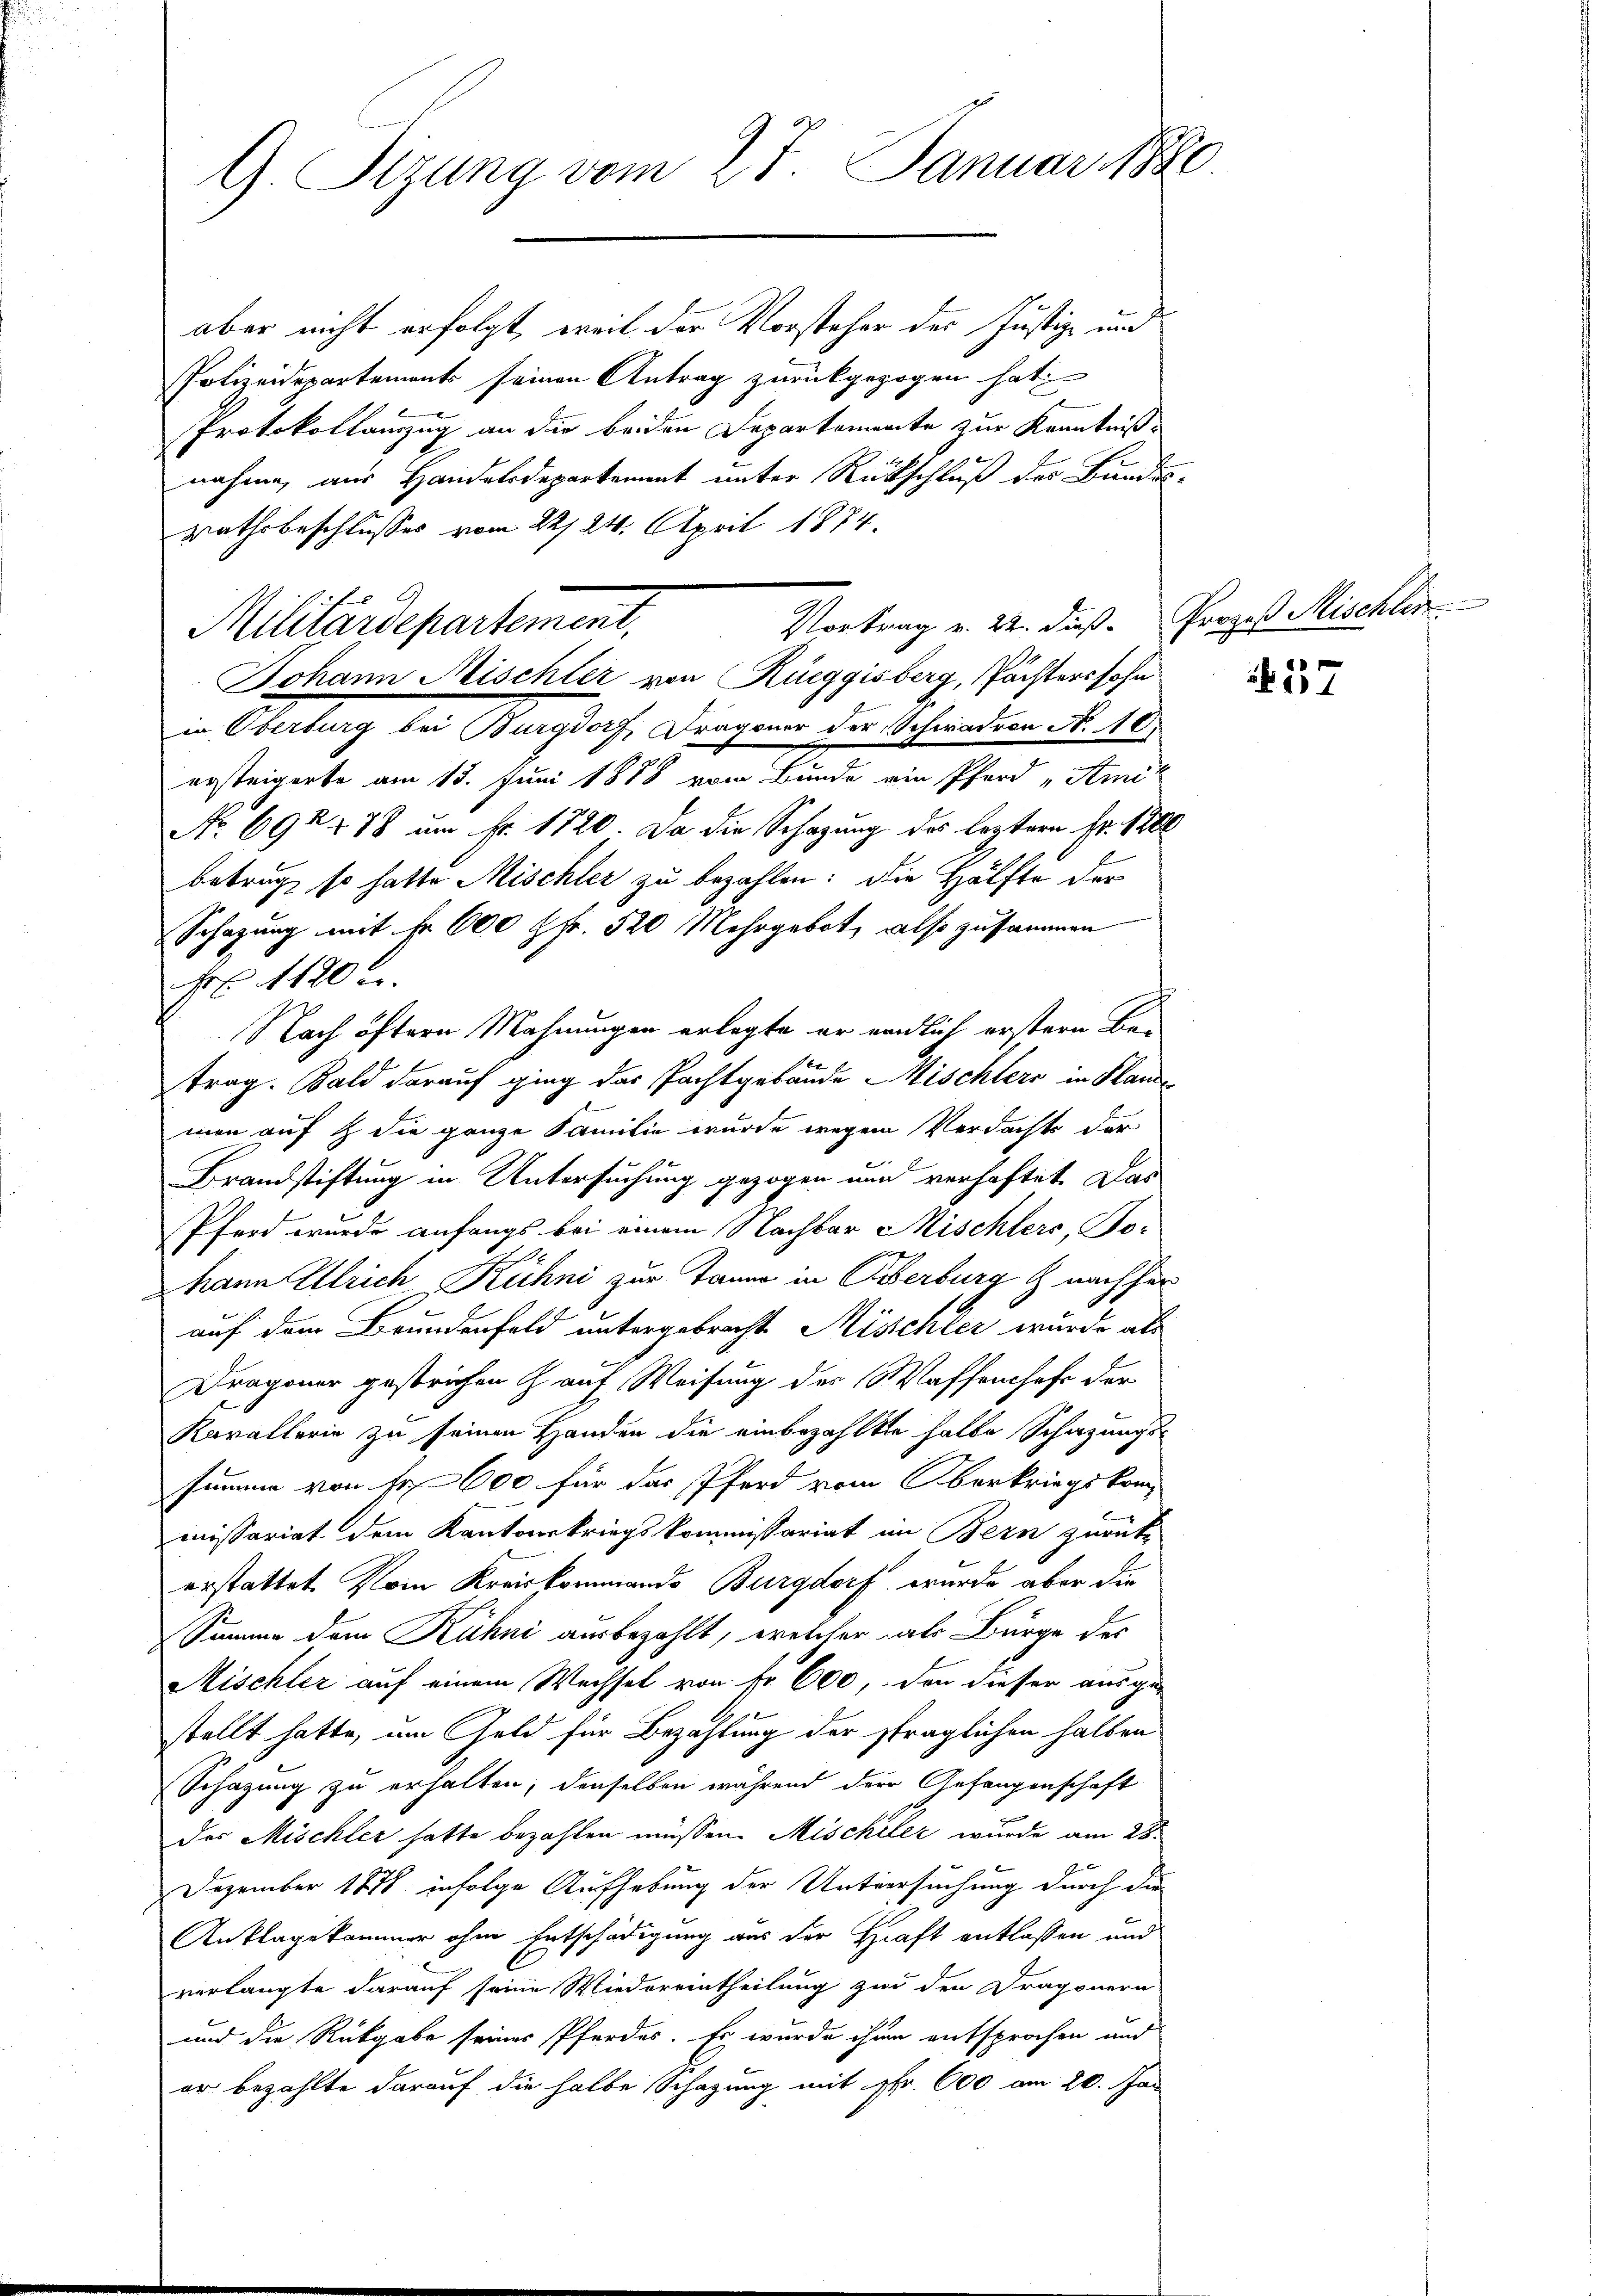
G. Sizung vom 27. Januar 1880

aber nicht erfolgt, weil der Vorsteher des Justiz- und
Polizeidepartements seinen Antrag zurückgezogen hat,
Protokollamzug an die beiden Departemente zur Kenntniß
nahme, aus Handelsdepartement unter Rückschluß des Bundes-
rathsbeschlusses vom 22/24. April 1874.
in Oberbung bei Burgdorf, Dragann der Schwedern No. 18.
ersteigerte am 15. Juni 1888 vom Bunde ein Pferd „Amit
No 698. 478 am Fr. 1720. Da die Schazung des leztern Fr. 1200
betrug, so hatte Mischler zu bezahlen: Die Hälfte der
Schazung mit Fr. 600 fr. 520 Mehrgebot, also zusammen
Fr. 1120 u.
Nach öftern Mahnungen erlegte er einlich erstern Be-
trag. Bald darauf ging das Pachtgebäude Mischlers in Plane
men auf & die ganze Familie wurde wegen Verdachte der
Brandstiftung in Untersuchung gezogen und verhaftet. Das
Pferd wurde anfangs bei einem Nachbar Mischlers, So-
hann Ulrich Kühni zur Tanne in Biberburg & nachher
auf dem Brundenfeld untergebracht Misschler wurde als
Dragoner gestrichen h. auf Weisung des Waffenshofe der
Kavallerie zu seinen Handen die einbezahlte halbe Schazungs-
summe von Fr. 600 für das Pferd vom Oberkriegskommissariat dem Kantonskriegskommissariat im Bern zurück
erstattet vom Kreiskommando Burgdorf wurde aber die
Summe dem Kühni ausbezahlt, welcher als Bürge der
Mischler auf einem Wechsel von Fr. 600, den dieser ausge-
stellt hatte, um Geld für Bezahlung der sträglichen halben
Schazung zu erhalten, denselben während der Gefangenschaft
des Mischler hatte bezahlen müssen. Mischeler wurde am 28.
Dezember 1878 infolge Aufhebung der Untersuchung durch die
Anklagekammer ohne Entschädigung aus der Haft entlassen und
verlangte darauf seine Wiedereintheilung zur den Dragonern
und die Rückgabe seines Pferdes. Es wurde ihre entsprochen und
er bezahlte darauf die halbe Schazung mit Fr. 600 am 20. Jan

Vortrag v. 22. dieß. Prozeß Mischler
Militärdepartement,
Johann Mischler von Rüeggisberg, Pächterssohn

17